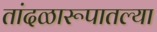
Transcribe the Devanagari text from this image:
तांदळारूपातल्या